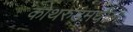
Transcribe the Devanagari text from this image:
कोथरुडमधील